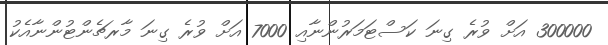
300000 އަށް ވުރެ ގިނަ ކަސްޓަމަރުންނާއި 7000 އަށް ވުރެ ގިނަ މާރޗެންޓުންނާއެކު